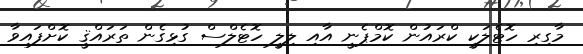
މާގިރި ހޮޓެލަކީ ކްރައުން ކޮމްޕެނީ އާއި ލިލީ ހޮޓެލްސް ގުޅިގެން ތަރައްޤީ ކޮށްފައިވާ